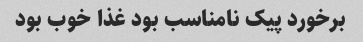
برخورد پیک نامناسب بود غذا خوب بود